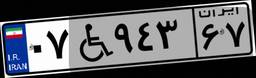
۰۷W۹۴۳۶۷